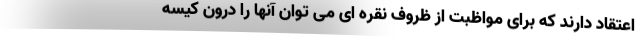
اعتقاد دارند که برای مواظبت از ظروف نقره ای می توان آنها را درون کیسه